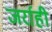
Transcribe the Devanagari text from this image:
जर्राही